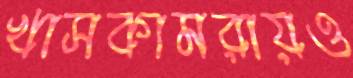
খাসকামরায়ও